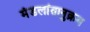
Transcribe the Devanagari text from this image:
मंडलांतानुक्रम